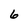
Character: 6